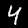
Label: 4